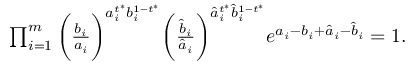
\begin{array} { r } { \prod _ { i = 1 } ^ { m } \bigg ( \frac { b _ { i } } { a _ { i } } \bigg ) ^ { a _ { i } ^ { t ^ { * } } b _ { i } ^ { 1 - t ^ { * } } } \bigg ( \frac { \hat { b } _ { i } } { \hat { a } _ { i } } \bigg ) ^ { \hat { a } _ { i } ^ { t ^ { * } } \hat { b } _ { i } ^ { 1 - t ^ { * } } } e ^ { a _ { i } - b _ { i } + \hat { a } _ { i } - \hat { b } _ { i } } = 1 . } \end{array}